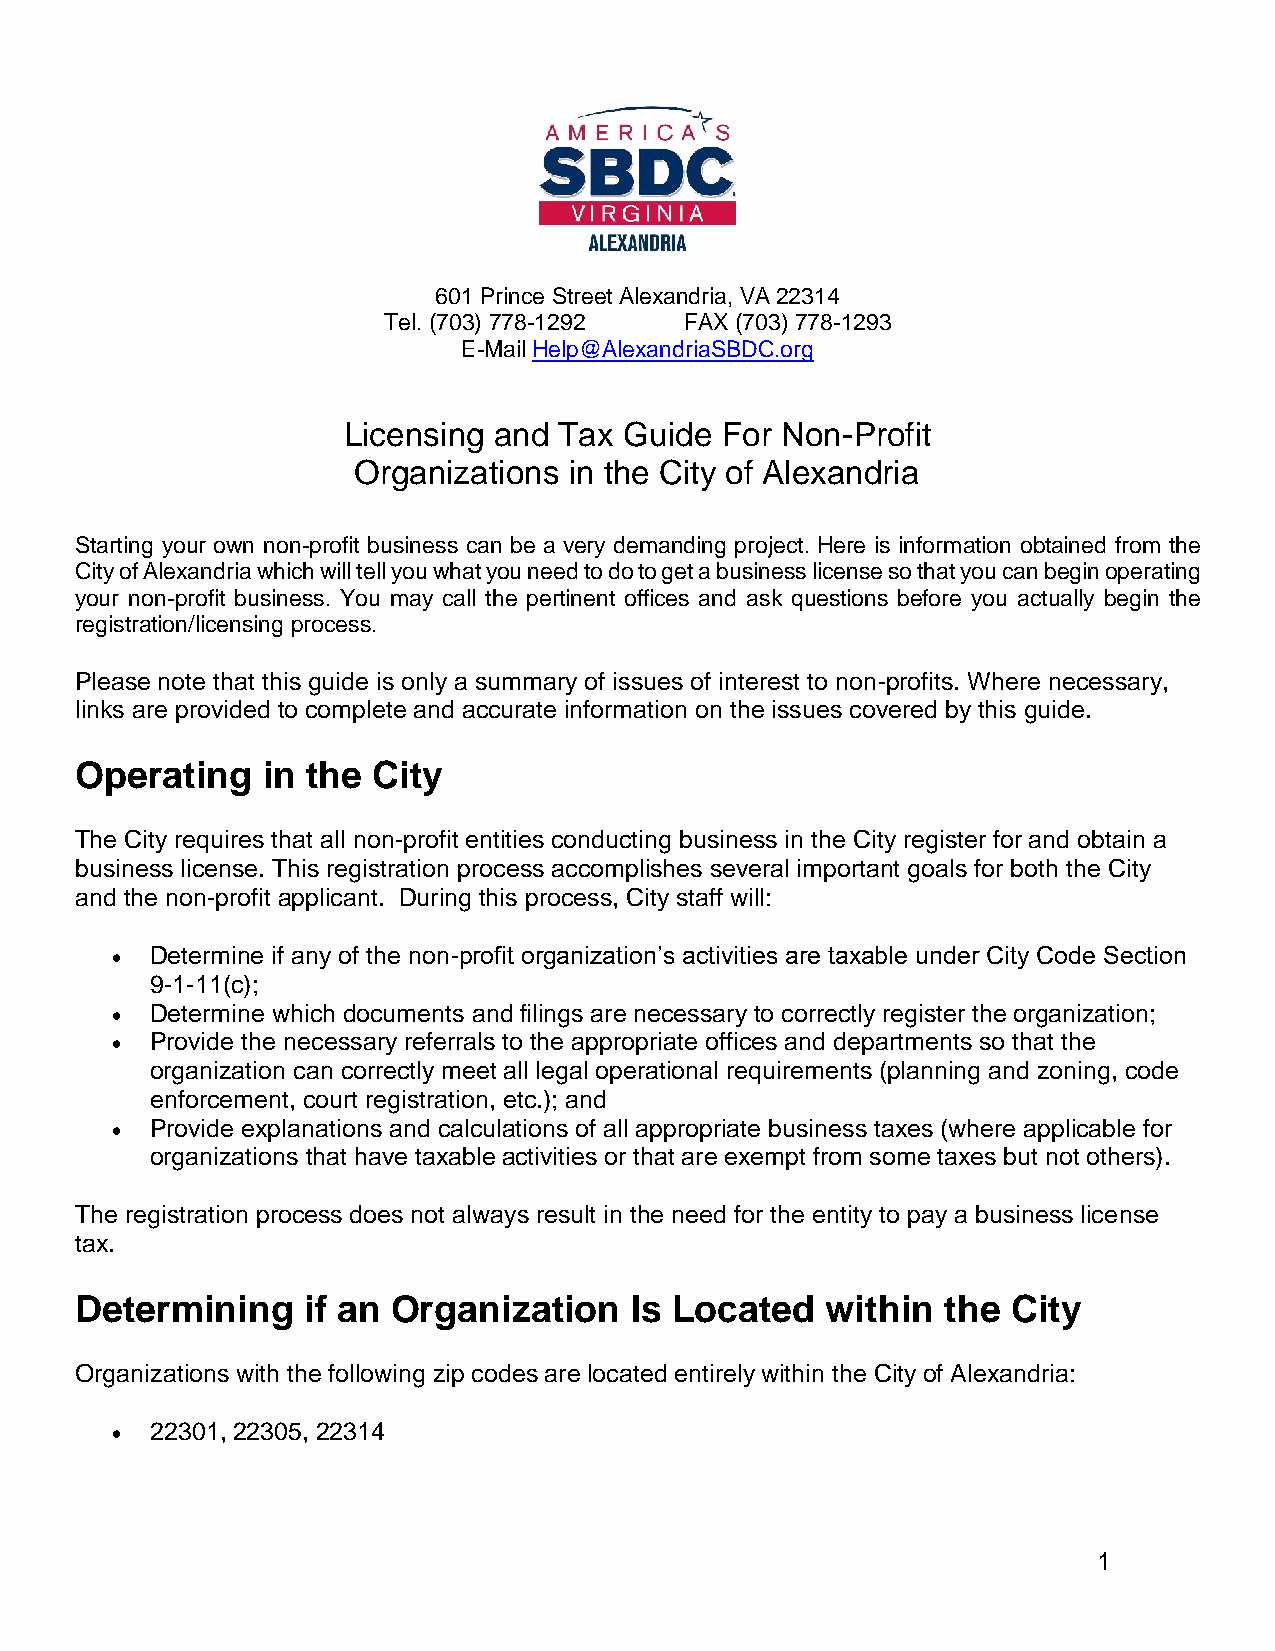
601 Prince Street Alexandria, VA 22314
 Tel. (703) 778-1292 FAX (703) 778-1293
 E-Mail Help@AlexandriaSBDC.org
 Licensing and Tax Guide  For Non-Profit
 Organizations  in the City of Alexandria
 Starting your own non-profit business can be a very demanding project. Here is information obtained from the
 City of Alexandria which will tell you what you need to do to get a business license so that you can begin operating
 your non-profit business. You may call the pertinent offices and ask questions before you actually begin the
 registration/licensing process.
 Please note that this guide is only a summary of issues of interest to non-profits. Where necessary,
 links are provided to complete and accurate information on the issues covered by this guide.
 Operating   in the  City
 The City requires that all non-profit entities conducting business in the City register for and obtain a
 business license. This registration process accomplishes several important goals for both the City
 and the non-profit applicant. During this process, City staff will:
 •  Determine if any of the non-profit organization’s activities are taxable under City Code Section
 9-1-11(c);
 •  Determine which documents and filings are necessary to correctly register the organization;
 •  Provide the necessary referrals to the appropriate offices and departments so that the
 organization can correctly meet all legal operational requirements (planning and zoning, code
 enforcement, court registration, etc.); and
 •  Provide explanations and calculations of all appropriate business taxes (where applicable for
 organizations that have taxable activities or that are exempt from some taxes but not others).
 The registration process does not always result in the need for the entity to pay a business license
 tax.
 Determining    if an Organization    Is Located   within  the City
 Organizations with the following zip codes are located entirely within the City of Alexandria:
 •  22301, 22305, 22314
 1